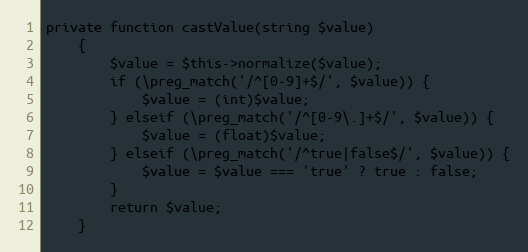
Language: PHP
private function castValue(string $value)
    {
        $value = $this->normalize($value);
        if (\preg_match('/^[0-9]+$/', $value)) {
            $value = (int)$value;
        } elseif (\preg_match('/^[0-9\.]+$/', $value)) {
            $value = (float)$value;
        } elseif (\preg_match('/^true|false$/', $value)) {
            $value = $value === 'true' ? true : false;
        }
        return $value;
    }